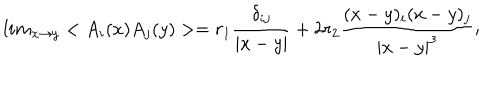
l i m _ { x \rightarrow y } < A _ { i } ( x ) A _ { j } ( y ) > = r _ { 1 } \frac { \delta _ { i j } } { | x - y | } + 2 r _ { 2 } \frac { ( x - y ) _ { i } ( x - y ) _ { j } } { | x - y | ^ { 3 } } ;